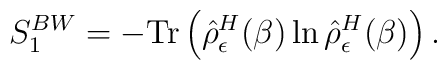
S_1^{BW}=- \mbox{Tr}\left(\hat{\rho}^{H}_{\epsilon}(\beta)\ln\hat{\rho}^{H}_{\epsilon}(\beta)\right) .